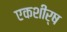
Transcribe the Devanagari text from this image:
एकशीर्ष